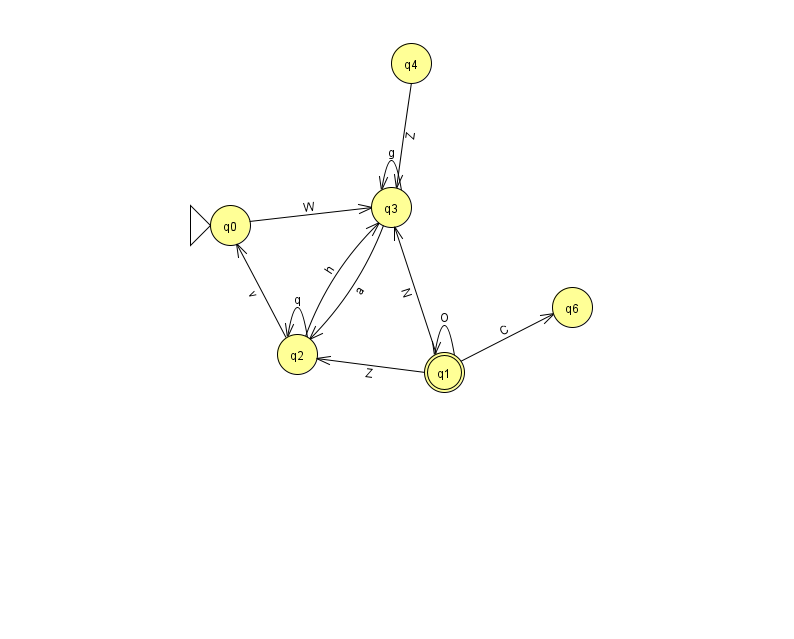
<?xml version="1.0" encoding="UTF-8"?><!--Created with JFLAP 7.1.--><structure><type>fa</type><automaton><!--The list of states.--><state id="0" name="q0"><x>230.0</x><y>212.0</y><initial/></state><state id="1" name="q1"><x>444.0</x><y>359.0</y><final/></state><state id="2" name="q2"><x>297.0</x><y>341.0</y></state><state id="3" name="q3"><x>391.0</x><y>194.0</y></state><state id="4" name="q4"><x>411.0</x><y>50.0</y></state><state id="6" name="q6"><x>572.0</x><y>294.0</y></state><!--The list of transitions.--><transition><from>4</from><to>3</to><read>Z</read></transition><transition><from>2</from><to>2</to><read>q</read></transition><transition><from>1</from><to>6</to><read>C</read></transition><transition><from>3</from><to>2</to><read>a</read></transition><transition><from>3</from><to>3</to><read>g</read></transition><transition><from>1</from><to>3</to><read>N</read></transition><transition><from>2</from><to>3</to><read>h</read></transition><transition><from>0</from><to>3</to><read>W</read></transition><transition><from>1</from><to>1</to><read>O</read></transition><transition><from>1</from><to>2</to><read>Z</read></transition><transition><from>2</from><to>0</to><read>v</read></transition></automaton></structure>